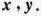
x，y.